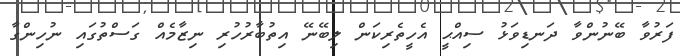
ފަރުވާ ބޭނުންވާ ދަނޑިވަޅު ސިއްޙީ އެހީތެރިކަން ލިބޭނޭ އިތުބާރުހުރި ނިޒާމެއް ގަސްތުގައި ނުހިންގާ